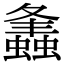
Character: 𧒒